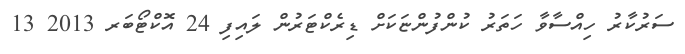
ސަރުކާރު ހިއްސާވާ ހަތަރު ކުންފުންޏަކަށް ޑިރެކްޓަރުން ލައިފި 24 އޮކްޓޯބަރ 2013 13